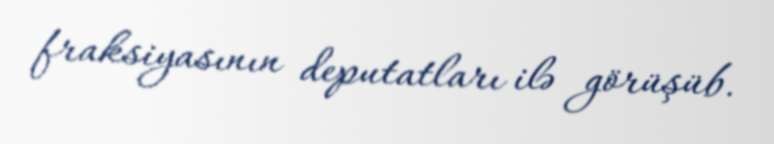
fraksiyasının deputatları ilə görüşüb.